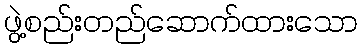
ဖွဲ့စည်းတည်ဆောက်ထားသော